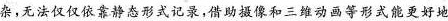
杂，无法仅仅依靠静态形式记录，借助摄像和三维动画等形式能更好地